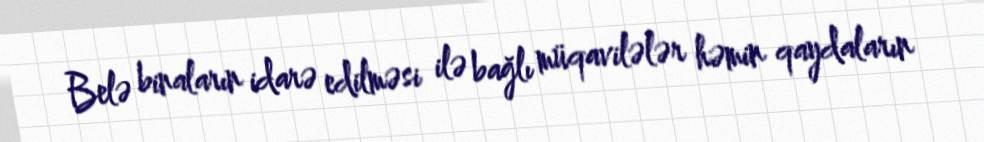
Belə binaların idarə edilməsi ilə bağlı müqavilələr həmin qaydaların